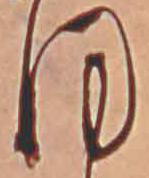
ほ